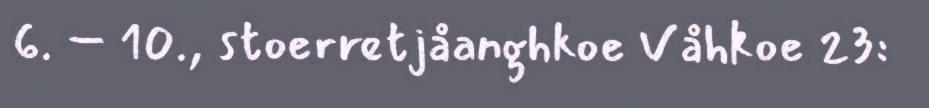
6. – 10., stoerretjåanghkoe Våhkoe 23: